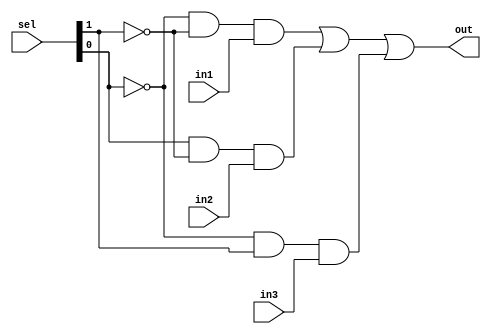
module mux4to1(out,sel,in1,in2,in3);   
input in1,in2,in3;
input [1:0] sel;
output out;   
wire ns1,ns2;  
not (ns1,sel[0]); 
not (ns2,sel[1]);
and(t1,ns1,ns2,in1);
and(t2,sel[0],ns2,in2);
and(t3,ns1,sel[1],in3);
//and(t3,sel[0],sel[1],in4);
//build a 4to1 using 2to1
or(out,t1,t2,t3); 
endmodule

module bit32_4to1mux(out,sel,in1,in2,in3);
input [31:0] in1,in2,in3;
output [31:0] out;
input [1:0] sel;
genvar j;
generate  for (j=0; j<32;j=j+1) begin: mux_loop 
mux4to1 b2(out[j],sel,in1[j],in2[j],in3[j]);
end
endgenerate
endmodule

module bit32AND (out,in1,in2);
input [31:0] in1,in2;
output [31:0] out;
assign {out}=in1 &in2;
endmodule

module bit32OR (out,in1,in2);
input [31:0] in1,in2;
output [31:0] out;
assign {out}=in1 | in2;
endmodule

module FA_dataflow (Cout, Sum,In1,In2,Cin);   
input [31:0]In1,In2;   
input Cin;   
output Cout;   
output [31:0]Sum;     
assign {Cout,Sum}=In1+In2+Cin; 
endmodule

module mux2to1(out,sel,in1,in2);   
input in1,in2,sel;   
output out;   
wire not_sel,a1,a2;   
not (not_sel,sel);   
and (a1,sel,in2);   
and (a2,not_sel,in1);   
or(out,a1,a2); 
endmodule

module bit32_2to1mux(out,sel,in1,in2);
input [31:0] in1,in2;
output [31:0] out;
input sel;
genvar j;
generate for(j=0;j<32;j=j+1) begin:mloop
mux2to1 b1(out[j],sel,in1[j],in2[j]);
end
endgenerate
endmodule


module ALU(a,b,Binvert,Carryin,Operation,Result,CarryOut);
input [31:0] a,b;
input Binvert,Carryin;
input [1:0] Operation;
output [31:0] Result;
output CarryOut;
wire [31:0] nb;
genvar i;
generate for(i=0;i<32;i=i+1) begin:not_loop
not n1(nb[i],b[i]);
end
endgenerate
wire [31:0] out2to1;
wire [31:0] sum;
wire [31:0] outand;
wire [31:0] outor;

bit32_2to1mux m1(out2to1,Binvert,b,nb);
FA_dataflow fl(CarryOut,sum,a,out2to1,Carryin);

bit32AND and1(outand,a,out2to1);
bit32OR or1(outor,a,out2to1);

bit32_4to1mux res(Result,Operation,outand,outor,sum);
endmodule


module tbALU;
reg Binvert, Carryin;
reg [1:0] Operation;
reg [31:0] a,b;
wire [31:0] Result;
wire CarryOut;
ALU al(a,b,Binvert,Carryin,Operation,Result,CarryOut);
initial
begin
$monitor(,$time,"a1 = %b b1=%b Binv=%b cin=%b Op=%b res=%b cout=%b",a,b,Binvert,Carryin,Operation,Result,CarryOut);
end
initial
begin
a=32'ha5a5a5a5;
b=32'h5a5a5a5a;
Operation=2'b00;
Binvert=1'b0;
Carryin=1'b0; //must perform AND resulting in zero
#100 Operation=2'b01; //OR
#100 Operation=2'b10; //ADD
#100 Binvert=1'b1;Carryin=1'b1;//SUB
#200 $finish;
end
endmodule